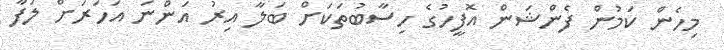
މިހެން ކަމުން ފެންޝަން އޮފީހުގެ ހިސާބުތަކަށް ބަލާ އިރު އަންނަ އަހަރަށް ލަފާ